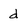
Character: d